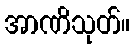
အာဏိသုတ်။